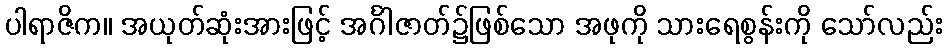
ပါရာဇိက။ အယုတ်ဆုံးအားဖြင့် အင်္ဂါဇာတ်၌ဖြစ်သော အဖုကို သားရေစွန်းကို သော်လည်း